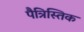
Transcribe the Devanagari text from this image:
पैत्रिस्तिक